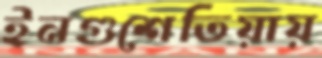
ইনগুশেতিয়ায়